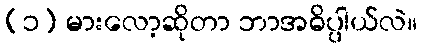
(၁) မားလော့ဆိုတာ ဘာအဓိပ္ပါယ်လဲ။